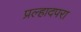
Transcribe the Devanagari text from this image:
प्रल्हादपरा